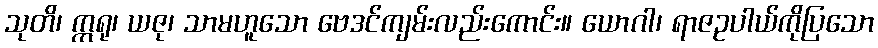
သုတိ၊ ဣရု၊ ယဇု၊ သာမဟူသော ဗေဒင်ကျမ်းလည်းကောင်း။ ယောဂါ၊ ရာဇဥပါယ်ကိုပြသော